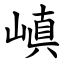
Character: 嵮